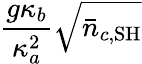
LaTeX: \frac{g\kappa_{b}}{\kappa_{a}^{2}}\sqrt{\bar{n}_{c,\mathrm{SH}}}